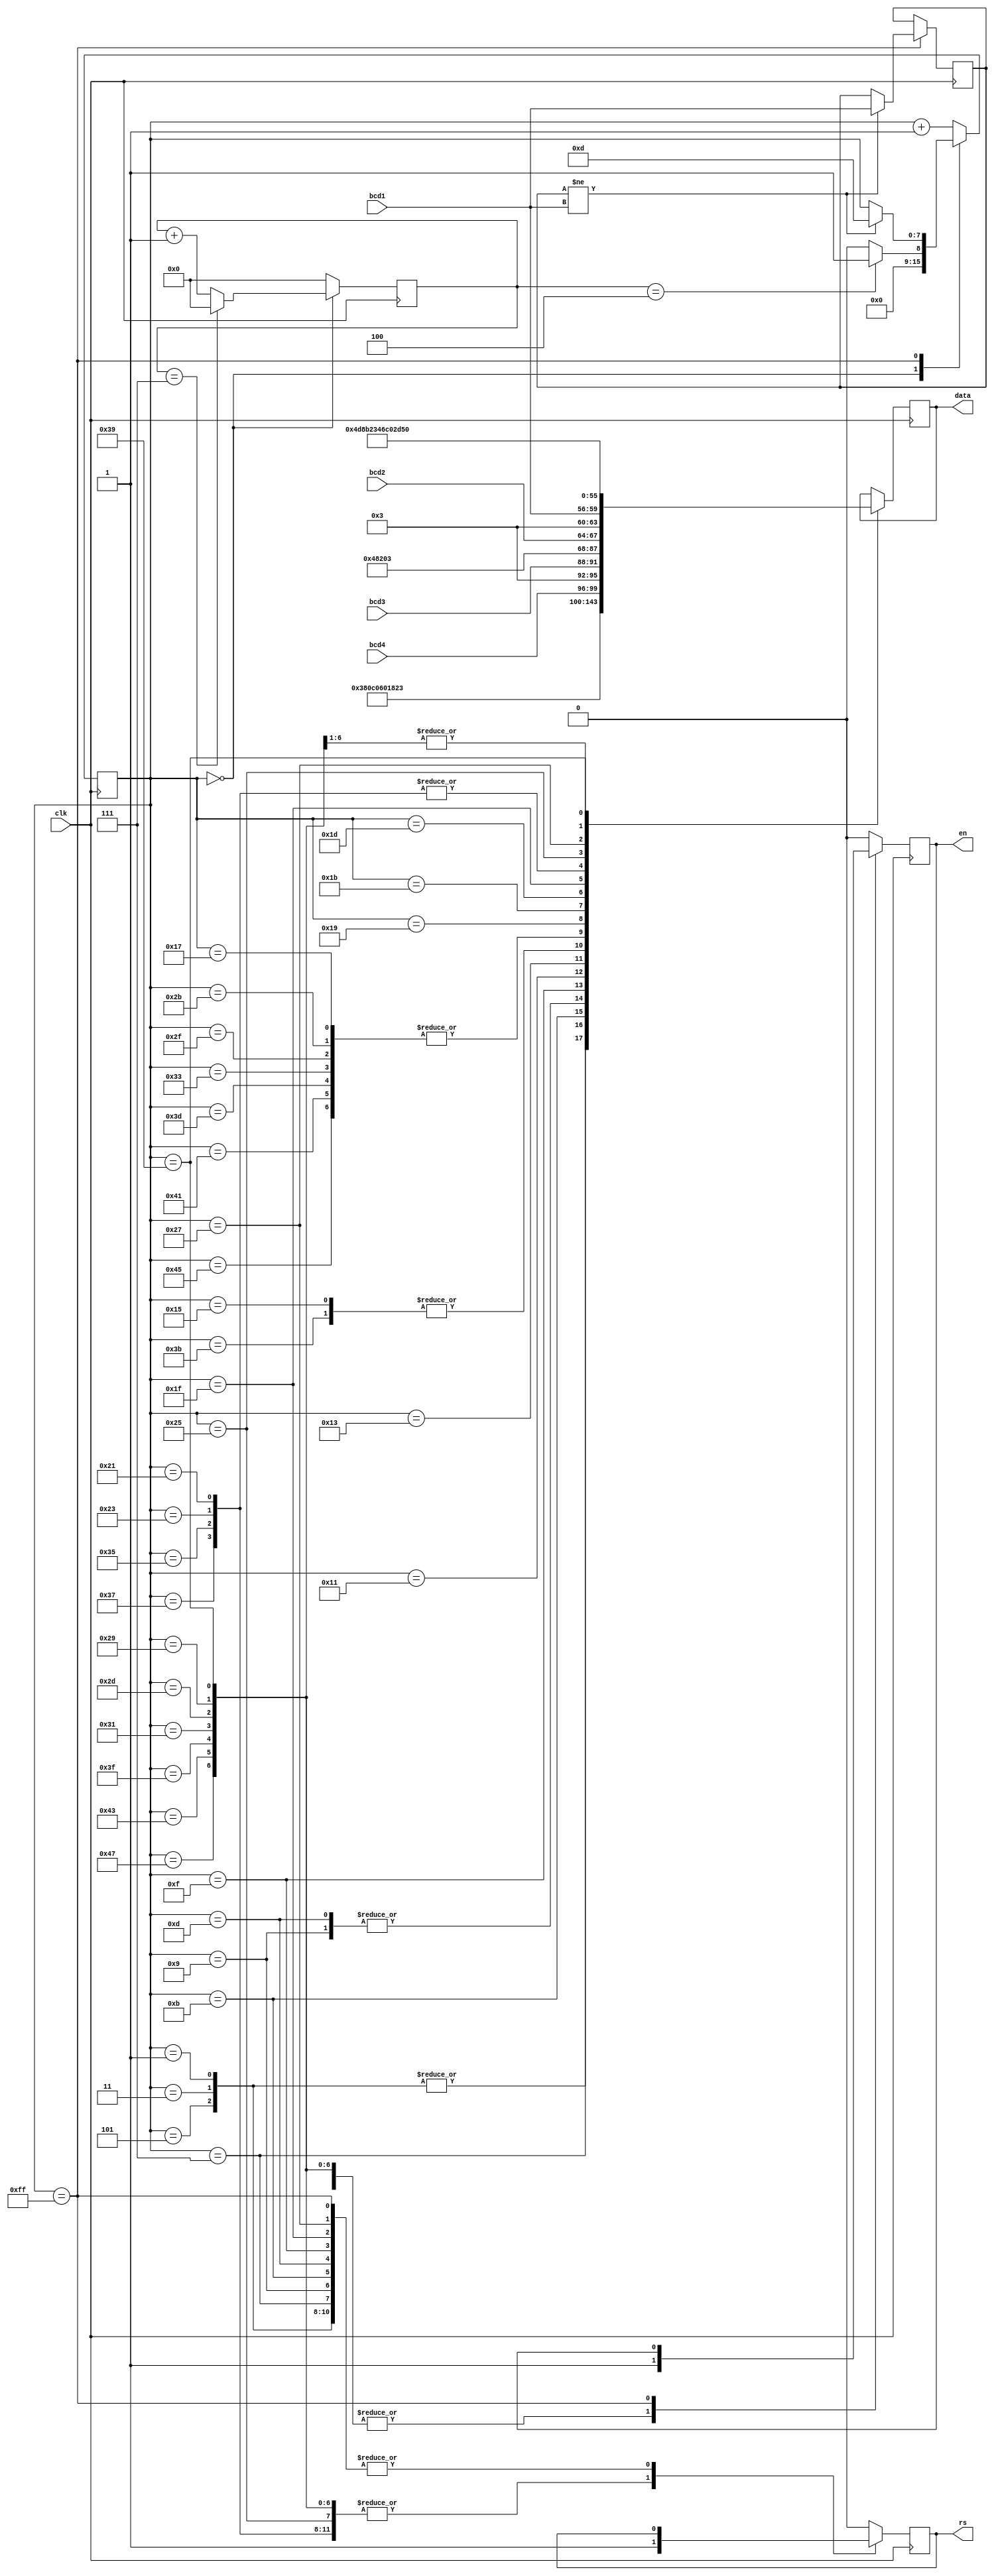
`timescale 1ns / 1ps

module lcd_controller(
    input clk,
    input [3:0] bcd1, bcd2, bcd3, bcd4,
    output reg [7:0] data,
    output reg en, rs
    );
    
    // Define the LCD commands
    parameter FUNC_SET = 8'h38; // function set: 5x8 dots, 2 lines, 8-bit interface
    parameter DISP_ON = 8'h0C; // display on: display on, cursor off, blink off
    parameter DISP_CLR = 8'h01; // display clear: clear display, set cursor to home position
    parameter ENTRY_MODE = 8'h06; // entry mode set: increment cursor, no display shift
    
    // Declare the state variable
    reg [7:0] state = 0;

    // Declare the counter variable
    reg [8:0] count;
    reg [3:0] bcd1_curr;

    // State transition logic
    always @ (posedge clk) begin
    case (state)
        0: if (count == 4) state <= 1; // go to next command state after 40 ms
                else state <= 0; // stay in wait state
                
        255: begin // stay in idle state
            if (bcd1_curr != bcd1) begin
                state <= 13;
                bcd1_curr <= bcd1;
            end
        end 
        default: state <= state + 1; // default state
    endcase
    end

    // Counter logic
    always @ (posedge clk) begin
        case (state)
            0: begin
                if (count == 7) count <= 0; // reset the counter after reaching the maximum value
                else count <= count + 1; // increment the counter
            end
            default: count <= 0; // reset the counter in other states
        endcase
    end

// Output logic
always @ (posedge clk) begin
        case (state)
            1, 3, 5: begin // send first function set command
                data <= FUNC_SET; // 5x8 dots, 2 lines, 8-bit interface
                en <= 1; // enable high
            end
            7: begin // send display on/off control command
                data <= DISP_ON; // display on, cursor on, blink on
                en <= 1; // enable high
            end
            9: begin // send display clear command
                data <= DISP_CLR; // clear display, set cursor to home position
                en <= 1;
            end
            11: begin // send entry mode set command
                data <= ENTRY_MODE; // increment cursor, no display shift
                en <= 1;
            end
            13: begin // send display clear command
                data <= DISP_CLR; // clear display, set cursor to home position
                en <= 1;
            end
            15: begin
                data <= 8'h82;
                en <= 1;
            end
            17: begin
                rs <= 1; // write mode
                data <= {4'h3, bcd4};
                en <= 1;
            end
            19: begin
                rs <= 1; // write mode
                data <= {4'h3, bcd3};
                en <= 1;
            end
            21, 59: begin
                rs <= 1; // write mode
                data <= 8'h48;
                en <= 1;
            end
            23, 43, 47, 51, 61, 65, 69: begin
                rs <= 1; // write mode
                data <= 8'h20;
                en <= 1;
            end
            25: begin
                rs <= 1; // write mode
                data <= {4'h3, bcd2};
                en <= 1;
            end
            27: begin
                rs <= 1; // write mode
                data <= {4'h3, bcd1};
                en <= 1;
            end
            29: begin
                rs <= 1; // write mode
                data <= 8'h4D;
                en <= 1;
            end
            31: begin
                data <= 8'h8B;
                en <= 1;
            end
            33, 35, 53, 55: begin
                rs <= 1; // write mode
                data <= 8'h23;
                en <= 1;
            end
            37: begin
                rs <= 1; // write mode
                data <= 8'h46;
                en <= 1;
            end
            39: begin
                data <= 8'hC0;
                en <= 1;
            end
            41, 45, 49, 63, 67, 71: begin
                rs <= 1; // write mode
                data <= 8'h2D;
                en <= 1;
            end
            57: begin
                rs <= 1; // write mode
                data <= 8'h52;
                en <= 1;
            end
            255: begin
            end
            default: begin // default state, do nothing
                rs <= 0; // command mode
                en <= 0; // enable low
            end
        endcase
    end
    
endmodule